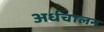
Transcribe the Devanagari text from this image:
अर्धचालन